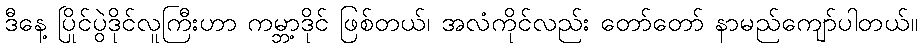
ဒီနေ့ ပြိုင်ပွဲဒိုင်လူကြီးဟာ ကမ္ဘာ့ဒိုင် ဖြစ်တယ်၊ အလံကိုင်လည်း တော်တော် နာမည်ကျော်ပါတယ်။